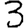
Digit: 3